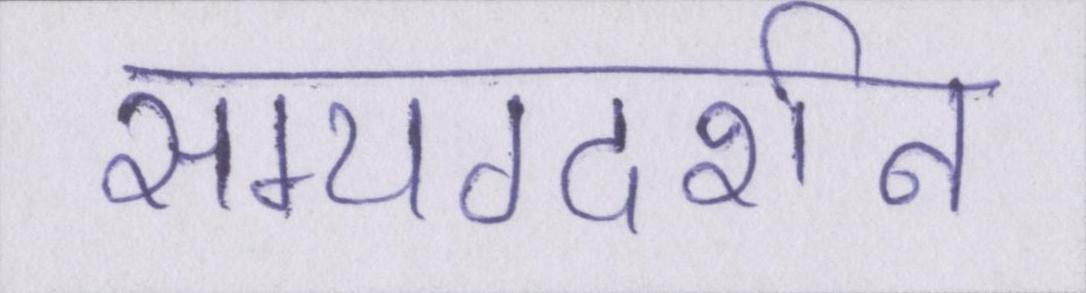
सम्यग्दर्शन